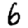
Digit: 6